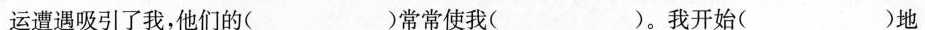
运遭遇吸引了我，他们的( )常常使我( )。我开始( )地